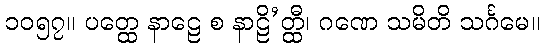
၁၀၅၇။ ပတ္ထေ နာဠေ စ နာဠိ’တ္ထီ၊ ဂဏေ သမိတိ သင်္ဂမေ။